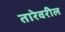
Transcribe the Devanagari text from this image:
तारेवरील